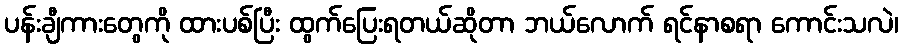
ပန်းချီကားတွေကို ထားပစ်ပြီး ထွက်ပြေးရတယ်ဆိုတာ ဘယ်လောက် ရင်နာစရာ ကောင်းသလဲ၊